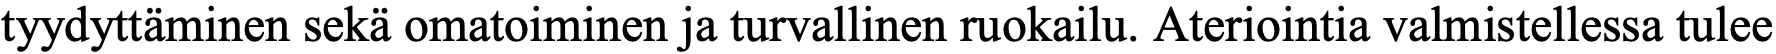
tyydyttäminen sekä omatoiminen ja turvallinen ruokailu. Ateriointia valmistellessa tulee